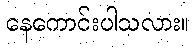
နေကောင်းပါသလား။